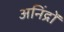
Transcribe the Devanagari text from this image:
अनिंद्रों